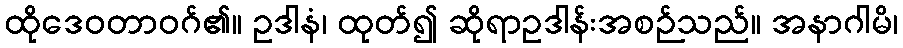
ထိုဒေဝတာဝဂ်၏။ ဥဒါနံ၊ ထုတ်၍ ဆိုရာဥဒါန်းအစဉ်သည်။ အနာဂါမိ၊